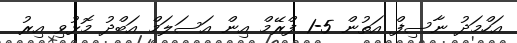
އަހްމަދު ނާސިފް އަތުން 5-1 ފްރޭމް އިން އަސަލަމް އަބްދު މޮޅުވި އިރު